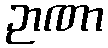
ဉာဏာ